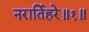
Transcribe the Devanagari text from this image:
नरार्तिहरे॥१॥